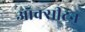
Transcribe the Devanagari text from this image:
ऑक्सीटन